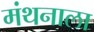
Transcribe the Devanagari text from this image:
मंथनाला